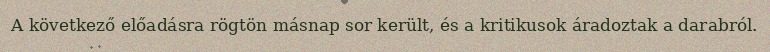
A következő előadásra rögtön másnap sor került, és a kritikusok áradoztak a darabról.